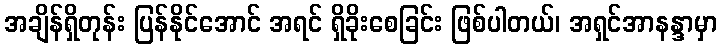
အချိန်ရှိတုန်း ပြန်နိုင်အောင် အရင် ရှိခိုးစေခြင်း ဖြစ်ပါတယ်၊ အရှင်အာနန္ဒာမှာ